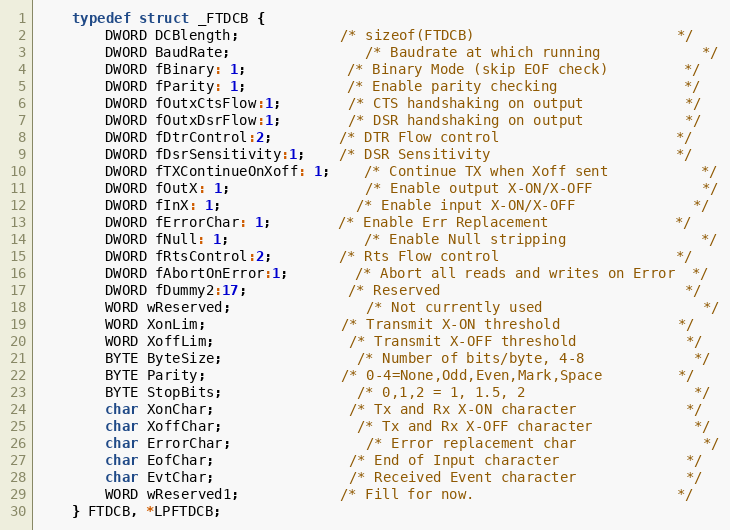
Language: C
	typedef struct _FTDCB {
		DWORD DCBlength;			/* sizeof(FTDCB)						*/
		DWORD BaudRate;				/* Baudrate at which running			*/
		DWORD fBinary: 1;			/* Binary Mode (skip EOF check)			*/
		DWORD fParity: 1;			/* Enable parity checking				*/
		DWORD fOutxCtsFlow:1;		/* CTS handshaking on output			*/
		DWORD fOutxDsrFlow:1;		/* DSR handshaking on output			*/
		DWORD fDtrControl:2;		/* DTR Flow control						*/
		DWORD fDsrSensitivity:1;	/* DSR Sensitivity						*/
		DWORD fTXContinueOnXoff: 1;	/* Continue TX when Xoff sent			*/
		DWORD fOutX: 1;				/* Enable output X-ON/X-OFF				*/
		DWORD fInX: 1;				/* Enable input X-ON/X-OFF				*/
		DWORD fErrorChar: 1;		/* Enable Err Replacement				*/
		DWORD fNull: 1;				/* Enable Null stripping				*/
		DWORD fRtsControl:2;		/* Rts Flow control						*/
		DWORD fAbortOnError:1;		/* Abort all reads and writes on Error	*/
		DWORD fDummy2:17;			/* Reserved								*/
		WORD wReserved;				/* Not currently used					*/
		WORD XonLim;				/* Transmit X-ON threshold				*/
		WORD XoffLim;				/* Transmit X-OFF threshold				*/
		BYTE ByteSize;				/* Number of bits/byte, 4-8				*/
		BYTE Parity;				/* 0-4=None,Odd,Even,Mark,Space			*/
		BYTE StopBits;				/* 0,1,2 = 1, 1.5, 2					*/
		char XonChar;				/* Tx and Rx X-ON character				*/
		char XoffChar;				/* Tx and Rx X-OFF character			*/
		char ErrorChar;				/* Error replacement char				*/
		char EofChar;				/* End of Input character				*/
		char EvtChar;				/* Received Event character				*/
		WORD wReserved1;			/* Fill for now.						*/
	} FTDCB, *LPFTDCB;